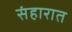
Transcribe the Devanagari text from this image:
संहारात